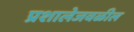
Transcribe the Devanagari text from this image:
प्रशालेजवळील